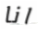
انا